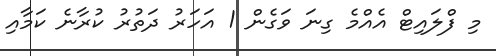
މި ފްލައިޓް އެއްމެ ގިނަ ވަގެން 1 އަހަރު ދަތުރު ކުރާނެ ކަމާއި